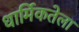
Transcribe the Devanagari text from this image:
धार्मिकतेला